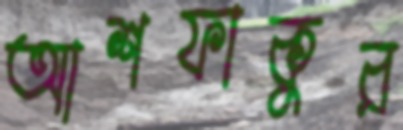
আশফাকুর